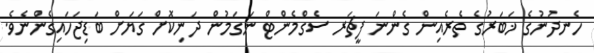
ހެނދުނުގެ ޚަބަރުގެ ތެރެއިން ގެންނަ ފީޗަރ ސެގްމެންޓް ނަގަމުން ދަނިކޮށް ގަޔަށް ބަޑިޖަހައިގެންނެވެ.